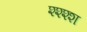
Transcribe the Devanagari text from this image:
श्श्श्श